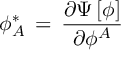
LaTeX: \phi _ { A } ^ { \ast } \, = \, { \frac { \partial \Psi \, [ \phi ] } { \partial \phi ^ { A } } }